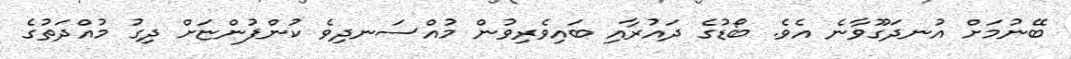
ބޭނުމަށް އުނދަގޫވާނެ އެވެ. ބޯޑުގެ ދައުރާއި ބައިވެރިވުން މުއްސަނދިވެ ކުންފުންޏަށް ދިގު މުއްދަތުގެ